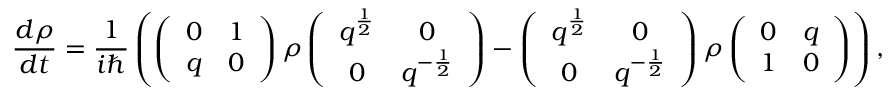
\frac { d \rho } { d t } = \frac { 1 } { i \hbar } \left( \left( \begin{array} { c c } { { 0 } } & { { 1 } } \\ { { q } } & { { 0 } } \end{array} \right) \rho \left( \begin{array} { c c } { { q ^ { \frac { 1 } { 2 } } } } & { { 0 } } \\ { { 0 } } & { { q ^ { - \frac { 1 } { 2 } } } } \end{array} \right) - \left( \begin{array} { c c } { { q ^ { \frac { 1 } { 2 } } } } & { { 0 } } \\ { { 0 } } & { { q ^ { - \frac { 1 } { 2 } } } } \end{array} \right) \rho \left( \begin{array} { c c } { { 0 } } & { { q } } \\ { { 1 } } & { { 0 } } \end{array} \right) \right) ,